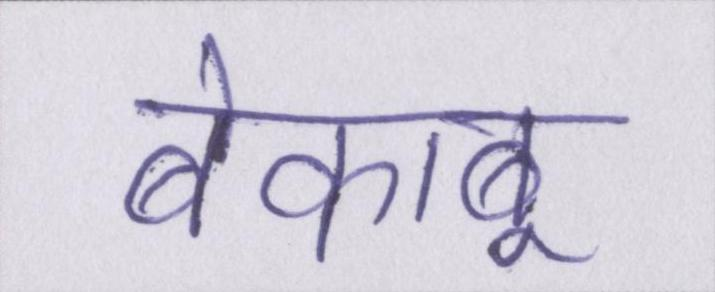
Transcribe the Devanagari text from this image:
बेकाबू